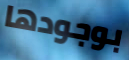
بوجودها